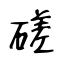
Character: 磋